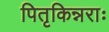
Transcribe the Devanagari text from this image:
पितृकिन्नराः